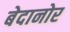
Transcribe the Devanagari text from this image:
बेदानोर